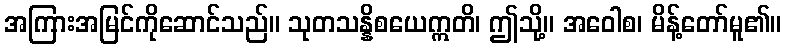
အကြားအမြင်ကိုဆောင်သည်။ သုတသန္နိစယေဣတိ၊ ဤသို့။ အဝေါစ၊ မိန့်တော်မူ၏။